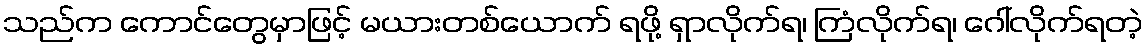
သည်က ကောင်တွေမှာဖြင့် မယားတစ်ယောက် ရဖို့ ရှာလိုက်ရ၊ ကြံလိုက်ရ၊ ဂေါ်လိုက်ရတဲ့